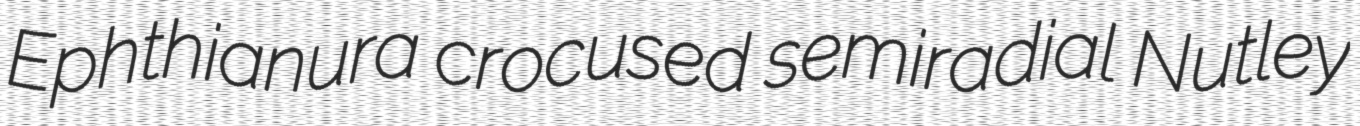
Ephthianura crocused semiradial Nutley